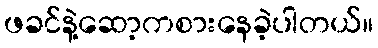
ဖခင်နဲ့ဆော့ကစားနေခဲ့ပါတယ်။